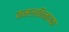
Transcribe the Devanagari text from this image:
कमलविनायक